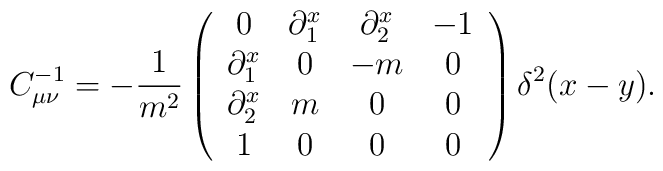
C^{-1}_{\mu\nu} = -\frac{1}{m^2}           \left (\begin{array}{cccc}                   0 & \partial^x_1 & \partial^x_2 & -1 \\                   \partial^x_1 & 0 & -m & 0 \\                   \partial^x_2 & m & 0  & 0 \\                      1 & 0 & 0 & 0 \\                  \end{array}           \right ) \delta^2 (x-y) .